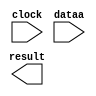
// megafunction wizard: %ALTFP_CONVERT%VBB%
// GENERATION: STANDARD
// VERSION: WM1.0
// MODULE: ALTFP_CONVERT 

// ============================================================
// Megafunction Name(s):
// 			ALTFP_CONVERT
//
// Simulation Library Files(s):
// 			lpm
// ============================================================
// ************************************************************
// THIS IS A WIZARD-GENERATED FILE. DO NOT EDIT THIS FILE!
//
// 13.0.0 Build 156 04/24/2013 SJ Full Version
// ************************************************************

//Copyright (C) 1991-2013 Altera Corporation
//Your use of Altera Corporation's design tools, logic functions 
//and other software and tools, and its AMPP partner logic 
//functions, and any output files from any of the foregoing 
//(including device programming or simulation files), and any 
//associated documentation or information are expressly subject 
//to the terms and conditions of the Altera Program License 
//Subscription Agreement, Altera MegaCore Function License 
//Agreement, or other applicable license agreement, including, 
//without limitation, that your use is for the sole purpose of 
//programming logic devices manufactured by Altera and sold by 
//Altera or its authorized distributors.  Please refer to the 
//applicable agreement for further details.

module fp2int (
	clock,
	dataa,
	result)/* synthesis synthesis_clearbox = 1 */;

	input	  clock;
	input	[31:0]  dataa;
	output	[31:0]  result;

endmodule

// ============================================================
// CNX file retrieval info
// ============================================================
// Retrieval info: LIBRARY: altera_mf altera_mf.altera_mf_components.all
// Retrieval info: PRIVATE: INTENDED_DEVICE_FAMILY STRING "Cyclone IV E"
// Retrieval info: CONSTANT: INTENDED_DEVICE_FAMILY STRING "Cyclone IV E"
// Retrieval info: CONSTANT: LPM_HINT STRING "UNUSED"
// Retrieval info: CONSTANT: LPM_TYPE STRING "altfp_convert"
// Retrieval info: CONSTANT: OPERATION STRING "FLOAT2INT"
// Retrieval info: CONSTANT: ROUNDING STRING "TO_NEAREST"
// Retrieval info: CONSTANT: WIDTH_DATA NUMERIC "32"
// Retrieval info: CONSTANT: WIDTH_EXP_INPUT NUMERIC "8"
// Retrieval info: CONSTANT: WIDTH_EXP_OUTPUT NUMERIC "8"
// Retrieval info: CONSTANT: WIDTH_INT NUMERIC "32"
// Retrieval info: CONSTANT: WIDTH_MAN_INPUT NUMERIC "23"
// Retrieval info: CONSTANT: WIDTH_MAN_OUTPUT NUMERIC "23"
// Retrieval info: CONSTANT: WIDTH_RESULT NUMERIC "32"
// Retrieval info: USED_PORT: clock 0 0 0 0 INPUT NODEFVAL "clock"
// Retrieval info: CONNECT: @clock 0 0 0 0 clock 0 0 0 0
// Retrieval info: USED_PORT: dataa 0 0 32 0 INPUT NODEFVAL "dataa[31..0]"
// Retrieval info: CONNECT: @dataa 0 0 32 0 dataa 0 0 32 0
// Retrieval info: USED_PORT: result 0 0 32 0 OUTPUT NODEFVAL "result[31..0]"
// Retrieval info: CONNECT: result 0 0 32 0 @result 0 0 32 0
// Retrieval info: GEN_FILE: TYPE_NORMAL fp2int.v TRUE FALSE
// Retrieval info: GEN_FILE: TYPE_NORMAL fp2int.qip TRUE FALSE
// Retrieval info: GEN_FILE: TYPE_NORMAL fp2int.bsf TRUE TRUE
// Retrieval info: GEN_FILE: TYPE_NORMAL fp2int_inst.v TRUE TRUE
// Retrieval info: GEN_FILE: TYPE_NORMAL fp2int_bb.v TRUE TRUE
// Retrieval info: GEN_FILE: TYPE_NORMAL fp2int.inc TRUE TRUE
// Retrieval info: GEN_FILE: TYPE_NORMAL fp2int.cmp TRUE TRUE
// Retrieval info: LIB_FILE: lpm